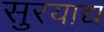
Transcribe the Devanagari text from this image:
सुरयाद्य